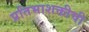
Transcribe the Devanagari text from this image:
प्रतिभाशक्तीची